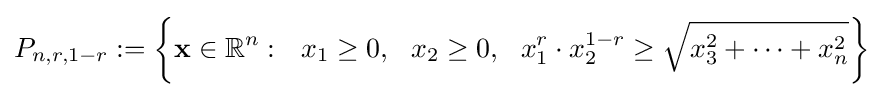
P_{n,r,1-r}:=\left\{\mathbf {x} \in \mathbb {R} ^{n}:~~x_{1}\geq 0,~~x_{2}\geq 0,~~x_{1}^{r}\cdot x_{2}^{1-r}\geq {\sqrt {x_{3}^{2}+\cdots +x_{n}^{2}}}\right\}